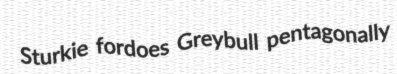
Sturkie fordoes Greybull pentagonally